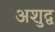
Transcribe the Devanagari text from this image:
अशुद्व